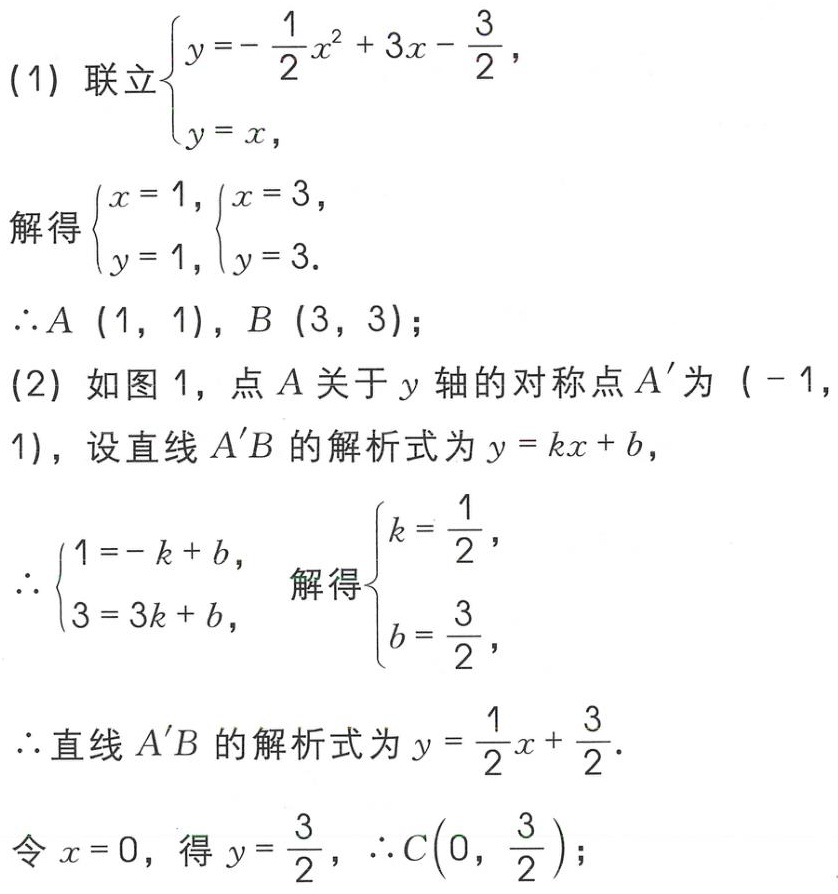
(1) 联立\(\begin{cases}y = -\dfrac{1}{2}x^{2}+3x-\dfrac{3}{2},\\y = x,\end{cases}\)
解得\(\begin{cases}x = 1,\\y = 1,\end{cases}\begin{cases}x = 3,\\y = 3.\end{cases}\)
\(\therefore A(1,1)\)，\(B(3,3)\)；
(2) 如图1，点\(A\)关于\(y\)轴的对称点\(A'\)为\((-1,1)\)，设直线\(A'B\)的解析式为\(y = kx + b\)，
\(\therefore\begin{cases}1=-k + b,\\3 = 3k + b,\end{cases}\) 解得\(\begin{cases}k=\dfrac{1}{2},\\b=\dfrac{3}{2},\end{cases}\)
\(\therefore\)直线\(A'B\)的解析式为\(y=\dfrac{1}{2}x+\dfrac{3}{2}\).
令\(x = 0\)，得\(y=\dfrac{3}{2}\)，\(\therefore C\left(0,\dfrac{3}{2}\right)\)；